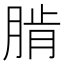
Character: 𦜨